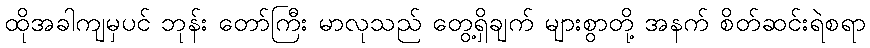
ထိုအခါကျမှပင် ဘုန်း တော်ကြီး မာလုသည် တွေ့ရှိချက် များစွာတို့ အနက် စိတ်ဆင်းရဲစရာ